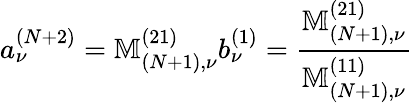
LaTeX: a_{\nu}^{(N+2)}=\mathbb{M}_{(N+1),\nu}^{(21)}b_{\nu}^{(1)}=\frac{\mathbb{M}_{(N+1),\nu}^{(21)}}{\mathbb{M}_{(N+1),\nu}^{(11)}}